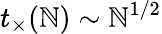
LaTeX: t_{\times}(\mathbb{N})\sim\mathbb{N}^{1/2}